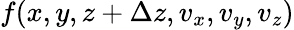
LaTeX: f(x,y,z+\Delta z,v_{x},v_{y},v_{z})